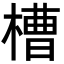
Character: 槽